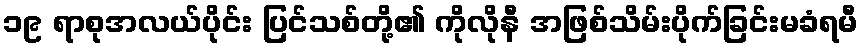
၁၉ ရာစုအလယ်ပိုင်း ပြင်သစ်တို့၏ ကိုလိုနီ အဖြစ်သိမ်းပိုက်ခြင်းမခံရမီ